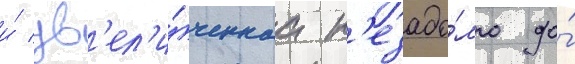
и́ ув'ел'и́ченнаа н'езадо́лго до́